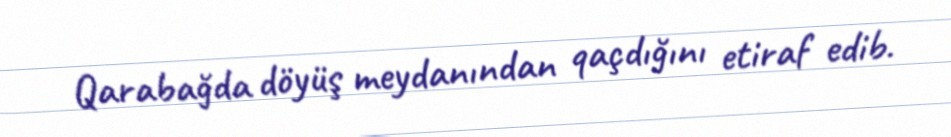
Qarabağda döyüş meydanından qaçdığını etiraf edib.